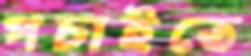
পচাইতে